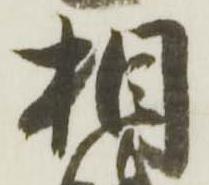
相